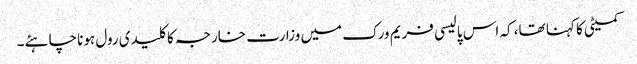
کمیٹی کا کہنا تھا، کہ اس پالیسی فریم ورک میں وزارت خارجہ کا کلیدی رول ہونا چاہئے۔